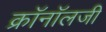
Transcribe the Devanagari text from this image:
क्रॉनॉलजी